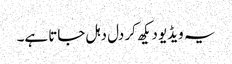
یہ ویڈیو دیکھ کر دل دہل جاتا ہے۔